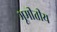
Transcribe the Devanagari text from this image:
भूमीतीय